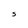
Character: S